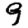
Digit: 9